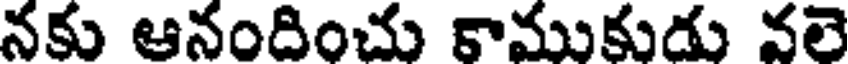
నకు ఆనందించు కాముకుడు వలె